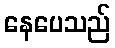
နေပေသည်